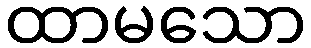
ထာမသော